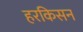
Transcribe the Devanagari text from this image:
हरकिसन